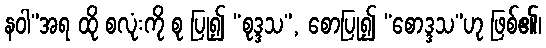
နဝါ”အရ ထို စလုံးကို စု ပြု၍ “စုဒ္ဒသ”, စောပြု၍ “စောဒ္ဒသ”ဟု ဖြစ်၏၊